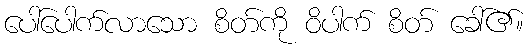
ပေါ်ပေါက်လာသော စိတ်ကို ဝိပါက် စိတ် ခေါ်၏။